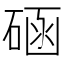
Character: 𥓞